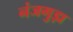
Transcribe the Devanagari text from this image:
नंजगुड़ा